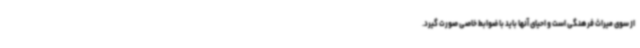
از سوی میراث فرهنگی است و احیای آنها باید با ضوابط خاصی صورت گیرد.